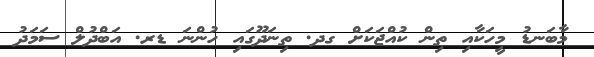
މާބަނޑު މީހަކާއި ތިން ކުއްޖަކަށް ގދ. ތިނަަދޫގައި ހުންނަ ޑރ. އަބްދުލް ސަމަދު